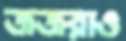
জজরাও